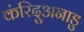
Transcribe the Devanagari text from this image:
कंरिदुअनाडु